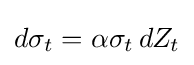
d\sigma _{t}=\alpha \sigma _{t}\,dZ_{t}